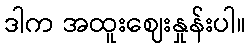
ဒါက အထူးဈေးနှုန်းပါ။